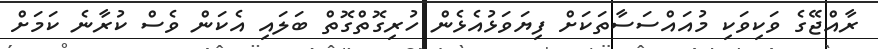
ރާއްޖޭގެ ވަކިވަކި މުއައްސަސާތަކަށް ފިޔަވަޅުއެޅެން ހުރިގޮތްގޮތް ބަލަައި އެކަން ވެސް ކުރާނެ ކަމަށް